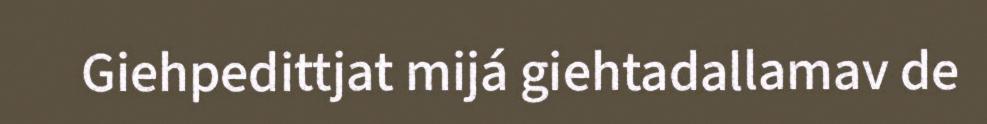
Giehpedittjat mijá giehtadallamav de